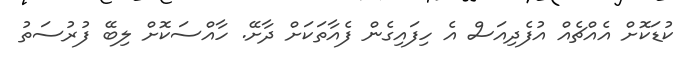
ކުޑަކޮށް އެއްޗެއް އުފެދިއަސް އެ ހިފައިގެން ފެއާތަކަށް ދާށޭ. ހާއްސަކޮށް ލިބޭ ފުރުސަތު